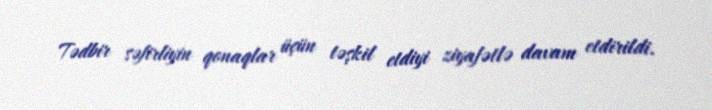
Tədbir səfirliyin qonaqlar üçün təşkil etdiyi ziyafətlə davam etdirildi.